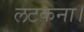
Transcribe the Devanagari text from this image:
लटकना।